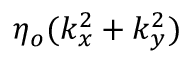
\eta _ { o } ( k _ { x } ^ { 2 } + k _ { y } ^ { 2 } )